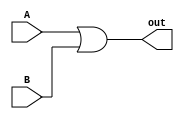
module OR(A, B, out);


input A;
  
input B;
  
output reg out;
 	
always @* begin 
		
out = A||B; 
	
end

endmodule